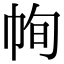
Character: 㡄